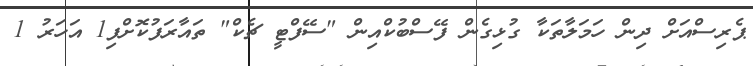
ޕެރިސްއަށް ދިން ހަމަލާތަކާ ގުޅިގެން ފޭސްބުކްއިން "ސޭފްޓީ ޗެކް" ތައާރަފުކޮށްފި1 އަހަރު 1